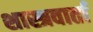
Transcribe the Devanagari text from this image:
शास्त्रवार्ता